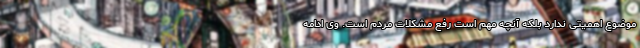
موضوع اهمیتی ندارد بلکه آنچه مهم است رفع مشکلات مردم است. وی ادامه